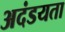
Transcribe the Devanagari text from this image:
अदंडयता